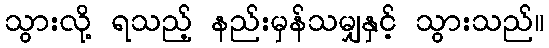
သွားလို့ ရသည့် နည်းမှန်သမျှနှင့် သွားသည်။